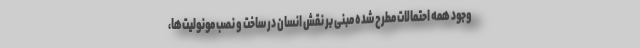
وجود همه احتمالات مطرح شده مبنی بر نقش انسان در ساخت و نصب مونولیت‌ها،